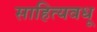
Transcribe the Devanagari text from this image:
साहित्यवधू